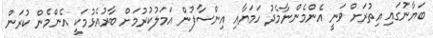
ބަޔާނުގައި އިތުރަށް ވަނީ އެންމެންނާމެދު ހަމަޔާއި އިންސާފުން އަމަލުކުރުމަށް ބާރުއެޅުމަކީ އެންމެން ކުރަން